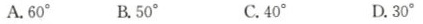
A.60° B.50° C.40° D.30°